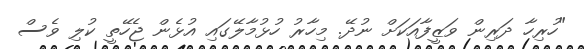
"ހުރިހާ ދަރިން ވަޒީފާއަކަށް ނުދޭ. މިހާރު ހުޅުމާލޭގައި އުޅެން ޖެހޭތީ ކުލި ވެސް